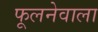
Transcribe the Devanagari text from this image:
फूलनेवाला